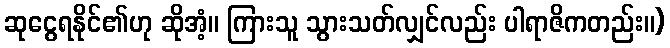
ဆုငွေရနိုင်၏ဟု ဆိုအံ့။ ကြားသူ သွားသတ်လျှင်လည်း ပါရာဇိကတည်း။)